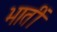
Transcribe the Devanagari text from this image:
भातीं